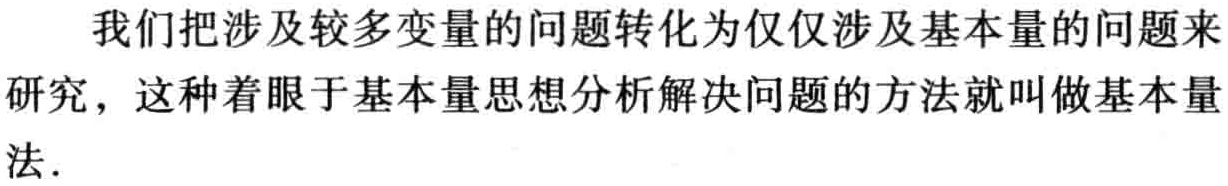
我们把涉及较多变量的问题转化为仅仅涉及基本量的问题来研究，这种着眼于基本量思想分析解决问题的方法就叫做基本量法.